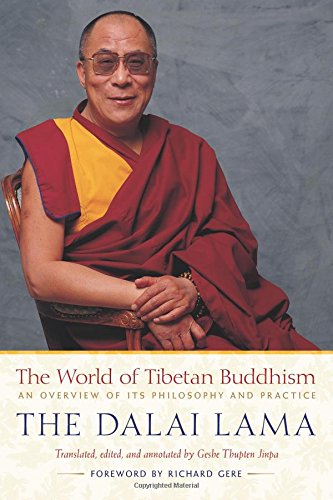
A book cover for The World of Tibetan Buddhism: An Overview of Its Philosophy and Practice; His Holiness the Dalai Lama; Religion & Spirituality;